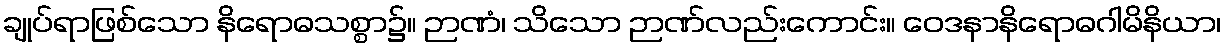
ချုပ်ရာဖြစ်သော နိရောဓသစ္စာ၌။ ဉာဏံ၊ သိသော ဉာဏ်လည်းကောင်း။ ဝေဒနာနိရောဓဂါမိနိယာ၊